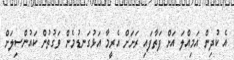
އެ ކުދިން އަމިއްލަ އަށް ފަތާފައި ރަށަށް އެރީމާ އަޅުގަނޑުމެން ވަގުތުން ކައުންސިލަށް